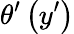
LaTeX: \theta^{\prime}\left(y^{\prime}\right)